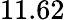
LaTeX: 11.62